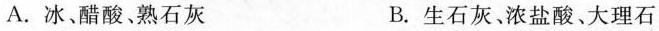
A.冰、醋酸、熟石灰 B.生石灰、浓盐酸、大理石